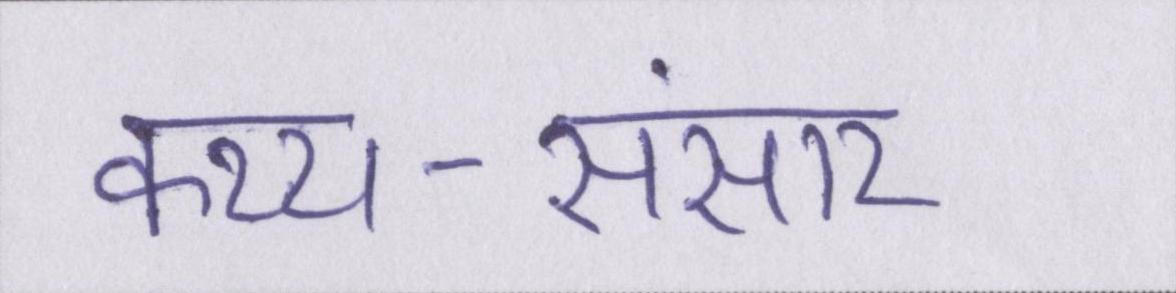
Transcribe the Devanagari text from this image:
कथ्य-संसार